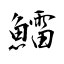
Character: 鱩